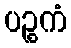
ပဉ္စကံ